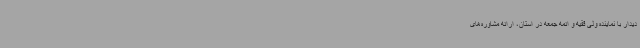
دیدار با نماینده ولی فقیه و ائمه جمعه در استان، ارائه مشاوره‌های